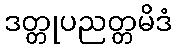
ဒတ္တုပညတ္တမိဒံ